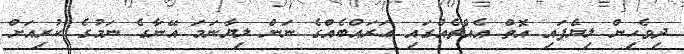
ދިވެހިން ލިޔެފައި އޮތް އެއްޗެއްގައި ޢަރައްބެއްގެ ނަން ލިޔާނަމަ އޭނާގެ ނަމުގެ ކުރިއަށް